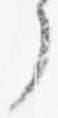
了